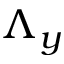
\Lambda _ { y }